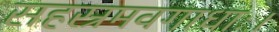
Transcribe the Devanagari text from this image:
सहस्रमवगाधाः।